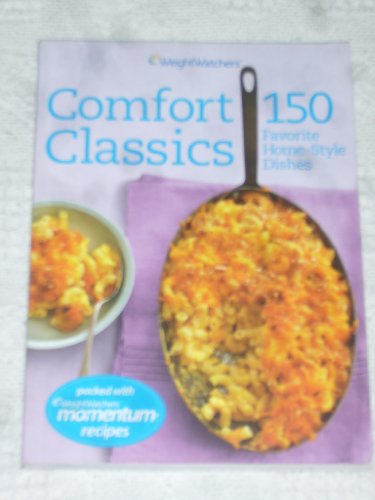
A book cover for Weight Watchers Comfort Classics : 150 Favorite Home-Style Dishes; Weight Watchers; Health, Fitness & Dieting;